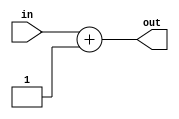

module Plus1(in,out);
input wire [31:0] in;
output reg [31:0] out;
always @(*) begin
out <= in +32'd1;
end
endmodule